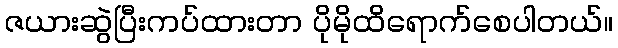
ဇယားဆွဲပြီးကပ်ထားတာ ပိုမိုထိရောက်စေပါတယ်။